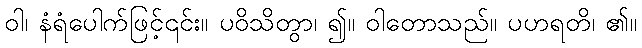
ဝါ၊ နံရံပေါက်ဖြင့်၎င်း။ ပဝိသိတွာ၊ ၍။ ဝါတောသည်။ ပဟရတိ၊ ၏။